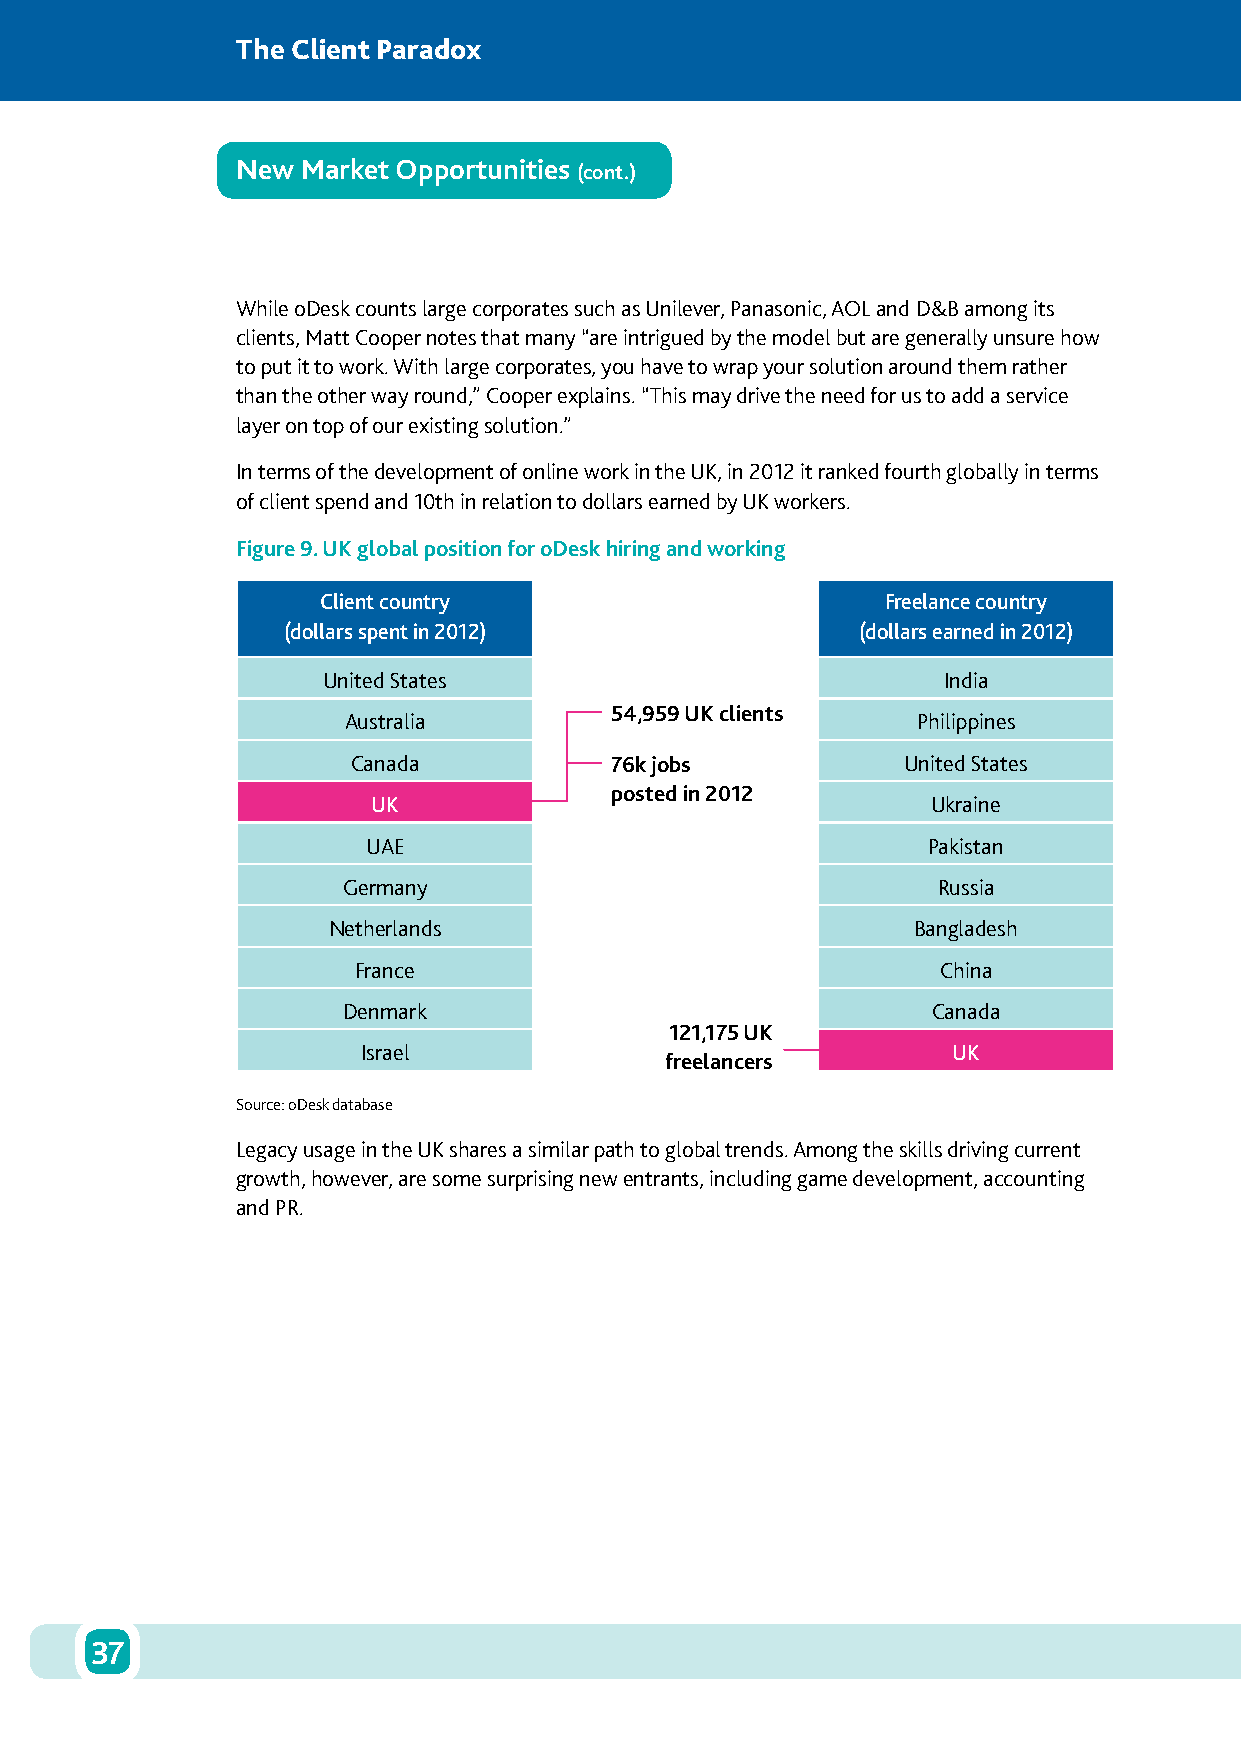
The Client Paradox
 New Market Opportunities
 (cont.)
 While oDesk counts large corporates such as Unilever, Panasonic, AOL and D&B among its
 clients, Matt Cooper notes that many “are intrigued by the model but are generally unsure how
 to put it to work. With large corporates, you have to wrap your solution around them rather
 than the other way round,” Cooper explains. “This may drive the need for us to add a service
 layer on top of our existing solution.”
 In terms of the development of online work in the UK, in 2012 it ranked fourth globally in terms
 of client spend and 10th in relation to dollars earned by UK workers.
 Figure 9. UK global position for oDesk hiring and working
 Client country                        Freelance country
 (dollars spent in 2012)               (dollars earned in 2012)
 United States                            India
 54,959 UK clients
 Australia                             Philippines
 Canada           76k jobs            United States
 posted in 2012
 UK                                   Ukraine
 UAE                                  Pakistan
 Germany                                Russia
 Netherlands                           Bangladesh
 France                                China
 Denmark                                Canada
 121,175 UK
 Israel                                 UK
 freelancers
 Source: oDesk database
 Legacy usage in the UK shares a similar path to global trends. Among the skills driving current
 growth, however, are some surprising new entrants, including game development, accounting
 and PR.
 37